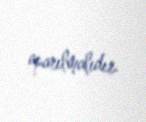
aparılmalıdır.